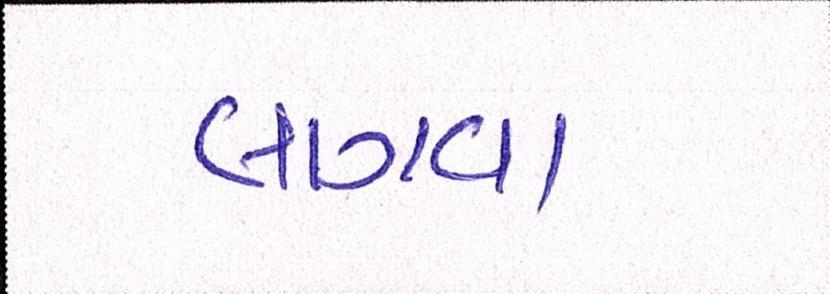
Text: લાગવા